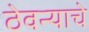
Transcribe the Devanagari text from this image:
ठेवन्याचे